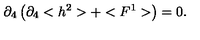
\partial _ { 4 } \left( \partial _ { 4 } < h ^ { 2 } > + < F ^ { 1 } > \right) = 0 .